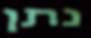
נתן